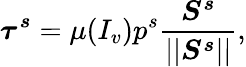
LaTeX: \boldsymbol{\tau^{s}}=\mu(I_{v})p^{s}\frac{\boldsymbol{S^{s}}}{\vert\vert\boldsymbol{S^{s}}\vert\vert},